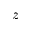
z